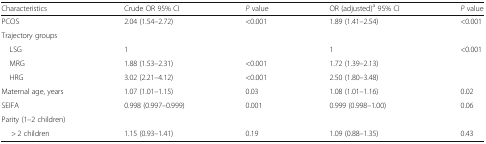
<table><thead><tr><td><b>Characteristics</b></td><td><b>Crude OR 95% CI</b></td><td><b><i>P</i> value</b></td><td><b>OR (adjusted)<sup>a</sup> 95% CI</b></td><td><b><i>P</i> value</b></td></tr></thead><tbody><tr><td>PCOS</td><td>2.04 (1.54–2.72)</td><td>&lt;0.001</td><td>1.89 (1.41–2.54)</td><td>&lt;0.001</td></tr><tr><td colspan="5">Trajectory groups</td></tr><tr><td> LSG</td><td>1</td><td></td><td>1</td><td>&lt;0.001</td></tr><tr><td> MRG</td><td>1.88 (1.53–2.31)</td><td>&lt;0.001</td><td>1.72 (1.39–2.13)</td><td></td></tr><tr><td> HRG</td><td>3.02 (2.21–4.12)</td><td>&lt;0.001</td><td>2.50 (1.80–3.48)</td><td></td></tr><tr><td>Maternal age, years</td><td>1.07 (1.01–1.15)</td><td>0.03</td><td>1.08 (1.01–1.16)</td><td>0.02</td></tr><tr><td>SEIFA</td><td>0.998 (0.997–0.999)</td><td>0.001</td><td>0.999 (0.998–1.00)</td><td>0.06</td></tr><tr><td colspan="5">Parity (1–2 children)</td></tr><tr><td>&gt; 2 children</td><td>1.15 (0.93–1.41)</td><td>0.19</td><td>1.09 (0.88–1.35)</td><td>0.43</td></tr></tbody></table>